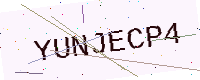
Text: YUNJECP4